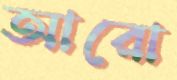
আরো